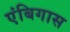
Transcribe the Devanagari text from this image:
एंबिगास